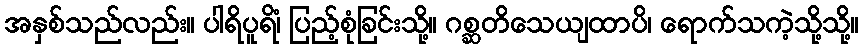
အနှစ်သည်လည်း။ ပါရိပူရိံ၊ ပြည့်စုံခြင်းသို့။ ဂစ္ဆတိသေယျထာပိ၊ ရောက်သကဲ့သို့သို့။